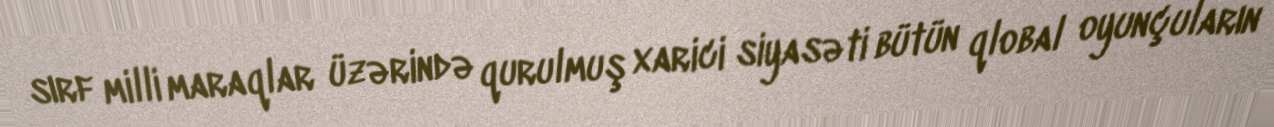
sırf milli maraqlar üzərində qurulmuş xarici siyasəti bütün qlobal oyunçuların